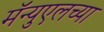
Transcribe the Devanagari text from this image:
मॅन्युएलच्या